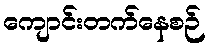
ကျောင်းတက်နေစဉ်